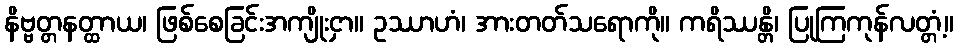
နိဗ္ဗတ္တနတ္ထာယ၊ ဖြစ်စေခြင်းအကျိုးငှာ။ ဥဿာဟံ၊ အားတတ်သရောကို။ ကရိဿန္တိ၊ ပြုကြကုန်လတ္တံ့။